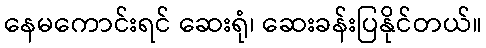
နေမကောင်းရင် ဆေးရုံ၊ ဆေးခန်းပြနိုင်တယ်။